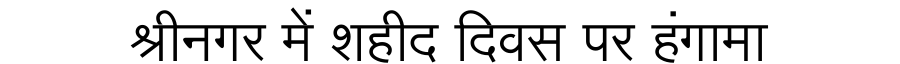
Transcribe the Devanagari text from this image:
श्रीनगर में शहीद दिवस पर हंगामा